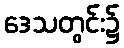
ဒေသတွင်း၌